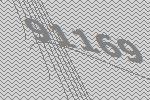
91169